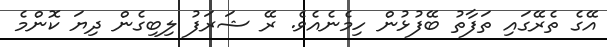
އޭގެ ތެރޭގައި ތަފާތު ބޭފުޅުން ހިމެނެއެވެ. ރޭ ޝަރަފު ލިބިގެން ދިޔަ ކޮންމެ